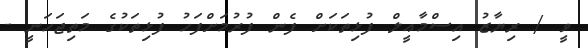
ވީ / ރިޔާޒު އިސްމާޢީލް ފުޅިތަކަށް ފެން ފުރުމަށްފަހު ފުޅިތަކުގެ މަތިޖަހަނީ -